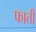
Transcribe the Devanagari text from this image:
फाती